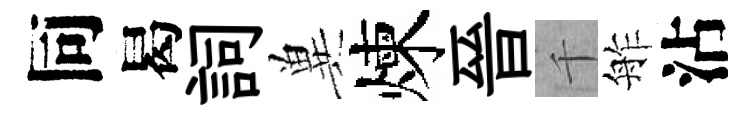
同曷詞兾煉晉千舴沾